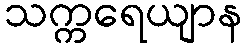
သက္ကရေယျာန